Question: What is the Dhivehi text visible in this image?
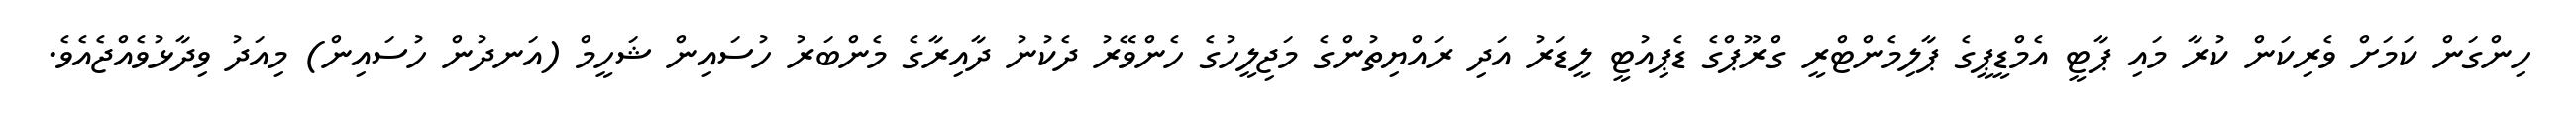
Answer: ހިންގަން ކަމަށް ވެރިކަން ކުރާ މައި ޕާޓީ އެމްޑީޕީގެ ޕާލިމެންޓްރީ ގްރޫޕްގެ ޑެޕިއުޓީ ލީޑަރު އަދި ރައްޔިތުންގެ މަޖިލީހުގެ ހެންވޭރު ދެކުނު ދާއިރާގެ މެންބަރު ހުސައިން ޝަހީމް (އަނދުން ހުސައިން) މިއަދު ވިދާޅުވެއްޖެއެވެ.